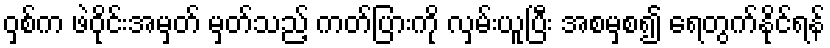
ဝှစ်က ဖဲဝိုင်းအမှတ် မှတ်သည့် ကတ်ပြားကို လှမ်းယူပြီး အစမှစ၍ ရေတွက်နိုင်ရန်